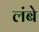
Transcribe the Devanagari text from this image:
लंबे